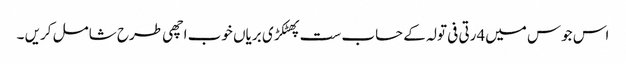
اس جوس میں4رتی فی تولہ کے حساب ست پھٹکڑی بریاں خوب اچھی طرح شامل کریں ۔